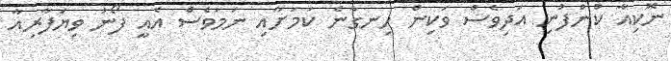
ނޮކިއާ ކުންފުނި އަދިވެސް ވަކިން ހިނގާނެ ކަމަށާއި ނަމަވެސް އެއީ ފޯނު ވިޔަފާރިއާ